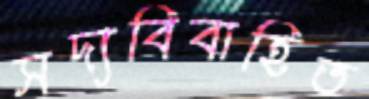
সদ্যবিবাহিত